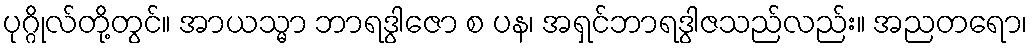
ပုဂ္ဂိုလ်တို့တွင်။ အာယသ္မာ ဘာရဒွါဇော စ ပန၊ အရှင်ဘာရဒွါဇသည်လည်း။ အညတရော၊